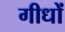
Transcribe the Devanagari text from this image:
गीधों